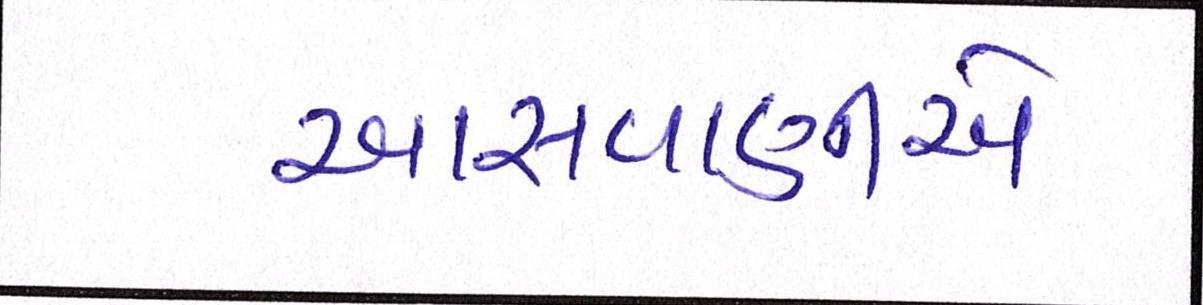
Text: આસવાણીએ